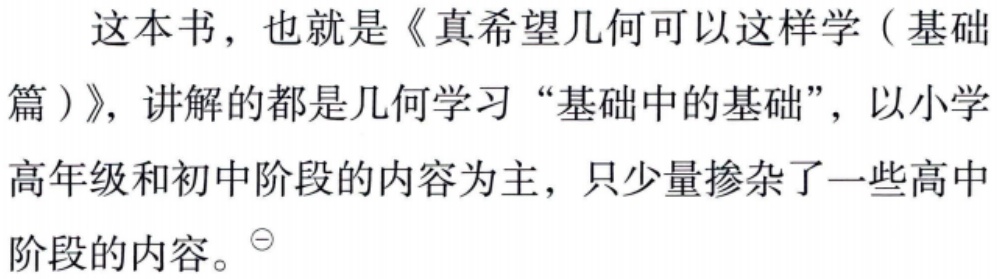
这本书，也就是《真希望几何可以这样学（基础篇）》，讲解的都是几何学习“基础中的基础”，以小学高年级和初中阶段的内容为主，只少量掺杂了一些高中阶段的内容。